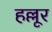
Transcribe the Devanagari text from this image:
हल्लूर